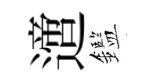
𨗁鑑